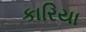
કારિયા